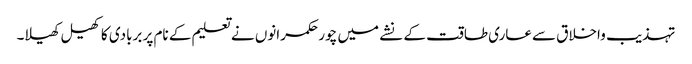
تہذیب واخلاق سےعاری طاقت کے نشے میں چور حکمرانوں نے تعلیم کے نام پر بربادی کاکھیل کھیلا۔